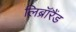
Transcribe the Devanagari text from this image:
लिब्रॉरैंड